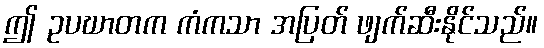
ဤ ဥပဃာတက ကံကသာ အပြတ် ဖျက်ဆီးနိုင်သည်။